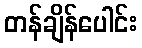
တန်ချိန်ပေါင်း